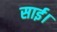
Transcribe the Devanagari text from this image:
साई।